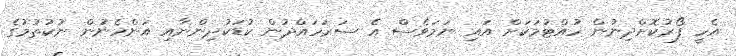
އެހީ ފޯރުކޮށްދިނުން ހުއްޓުމަކަށް އައި ނަމަވެސް އެ ސަރަހައްދުން ކުޑަކުދިންނާއި އަންހެނުން ނުކުތުމުގެ